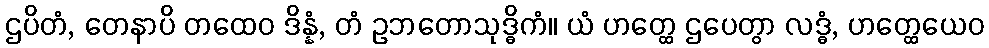
ဌပိတံ, တေနာပိ တထေဝ ဒိန္နံ, တံ ဥဘတောသုဒ္ဓိကံ။ ယံ ဟတ္ထေ ဌပေတွာ လဒ္ဓံ, ဟတ္ထေယေဝ